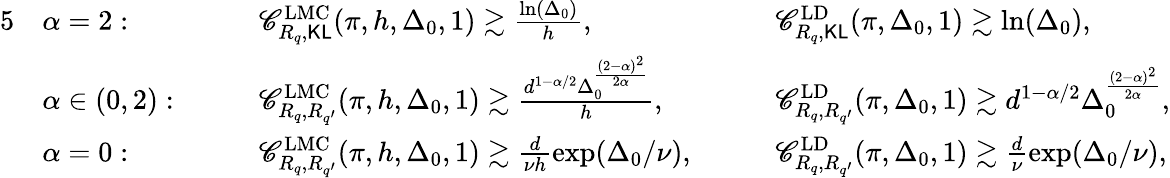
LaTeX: \begin{array}{rlrlrl}{{5}}&{\alpha=2:}&{\quad}&{\mathscr{C}_{R_{q},\mathsf{KL}}^{\mathrm{LMC}}(\pi,h,\Delta_{0},1)\gtrsim\frac{\ln(\Delta_{0})}{h},}&{\quad}&{\mathscr{C}_{R_{q},\mathsf{KL}}^{\mathrm{LD}}(\pi,\Delta_{0},1)\gtrsim\ln(\Delta_{0}),}\\ &{\alpha\in(0,2):}&{\quad}&{\mathscr{C}_{R_{q},R_{q^{\prime}}}^{\mathrm{LMC}}(\pi,h,\Delta_{0},1)\gtrsim\frac{d^{1-\alpha/2}\Delta_{0}^{\frac{(2-\alpha)^{2}}{2\alpha}}}{h},}&{\quad}&{\mathscr{C}_{R_{q},R_{q^{\prime}}}^{\mathrm{LD}}(\pi,\Delta_{0},1)\gtrsim d^{1-\alpha/2}\Delta_{0}^{\frac{(2-\alpha)^{2}}{2\alpha}},}\\ &{\alpha=0:}&{\quad}&{\mathscr{C}_{R_{q},R_{q^{\prime}}}^{\mathrm{LMC}}(\pi,h,\Delta_{0},1)\gtrsim\frac{d}{\nu h}\exp(\Delta_{0}/\nu),}&{\quad}&{\mathscr{C}_{R_{q},R_{q^{\prime}}}^{\mathrm{LD}}(\pi,\Delta_{0},1)\gtrsim\frac{d}{\nu}\exp(\Delta_{0}/\nu),}\end{array}